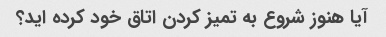
آیا هنوز شروع به تمیز کردن اتاق خود کرده اید؟